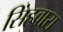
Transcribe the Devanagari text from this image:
सिंहवारा